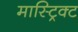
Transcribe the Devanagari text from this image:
मास्ट्रिक्ट